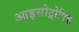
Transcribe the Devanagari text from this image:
आइसोट्रोपिक